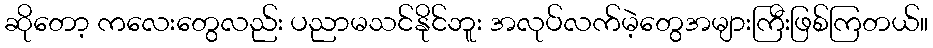
ဆိုတော့ ကလေးတွေလည်း ပညာမသင်နိုင်ဘူး အလုပ်လက်မဲ့တွေအများကြီးဖြစ်ကြတယ်။